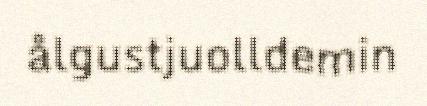
ålgustjuolldemin